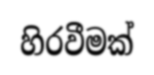
හිරවීමක්